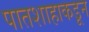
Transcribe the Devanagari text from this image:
पातशाहाकडून